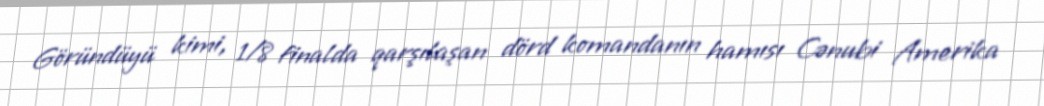
Göründüyü kimi, 1/8 finalda qarşılaşan dörd komandanın hamısı Cənubi Amerika